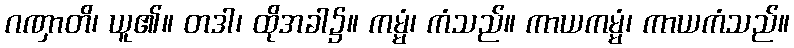
ဂဏှာတိ၊ ယူ၏။ တဒါ၊ ထိုအခါ၌။ ကမ္မံ၊ ကံသည်။ ကာယကမ္မံ၊ ကာယကံသည်။